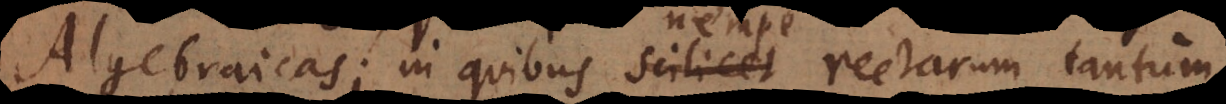
Algebraicas; in quibus scilicet rectarum tantum